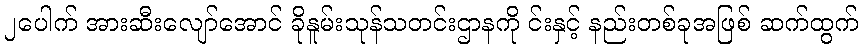
၂ပေါက် အားဆီးလျော်အောင် ခိုနူမ်းသုန်သတင်းဌာနကို င်းနှင့် နည်းတစ်ခုအဖြစ် ဆက်ထွက်